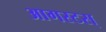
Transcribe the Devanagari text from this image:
आगस्टस्